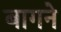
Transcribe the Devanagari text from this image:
बागने